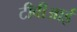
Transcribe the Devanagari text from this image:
टीवीआई